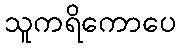
သူကရိကောပေ